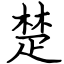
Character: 楚